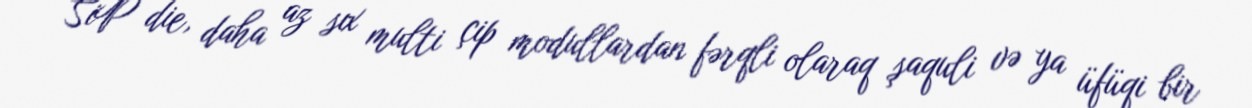
SiP die, daha az sıx multi çip modullardan fərqli olaraq şaquli və ya üfüqi bir